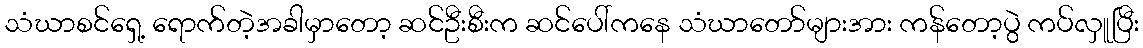
သံဃာစင်ရှေ့ ရောက်တဲ့အခါမှာတော့ ဆင်ဦးစီးက ဆင်ပေါ်ကနေ သံဃာတော်များအား ကန်တော့ပွဲ ကပ်လှူပြီး